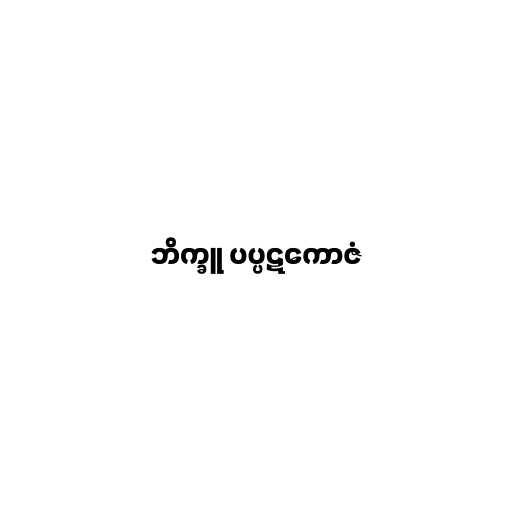
ဘိက္ခူ ပပ္ပဋကောဇံ